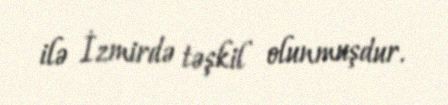
ilə İzmirdə təşkil olunmuşdur.